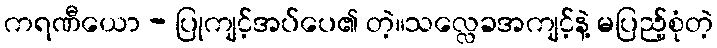
ကရဏီယော - ပြုကျင့်အပ်ပေ၏ တဲ့။သလ္လေခအကျင့်နဲ့ မပြည့်စုံတဲ့